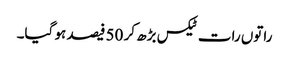
راتوں رات ٹیکس بڑھ کر 50 فیصد ہو گیا۔